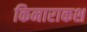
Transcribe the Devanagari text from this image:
किनाराकश